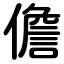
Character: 儋